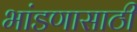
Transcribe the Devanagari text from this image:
भांडणासाठी